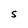
Character: S